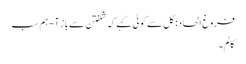
فروغِ الحاد: گل سے کوئی کہے کہ شگفتن سے باز آ - ہم سب
کالم۔